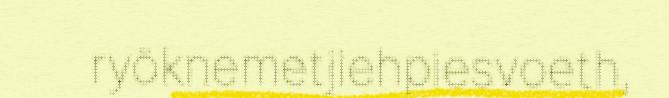
ryöknemetjiehpiesvoeth,